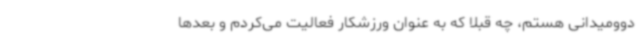
دوومیدانی هستم، چه قبلا که به عنوان ورزشکار فعالیت می‌کردم و بعدها